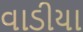
વાડીયા